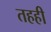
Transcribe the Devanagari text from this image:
तहही